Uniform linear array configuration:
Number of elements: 32
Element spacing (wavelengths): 0.25
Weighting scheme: uniform
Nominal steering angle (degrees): -60
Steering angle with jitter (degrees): -59.022
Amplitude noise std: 0.05
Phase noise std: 0.05

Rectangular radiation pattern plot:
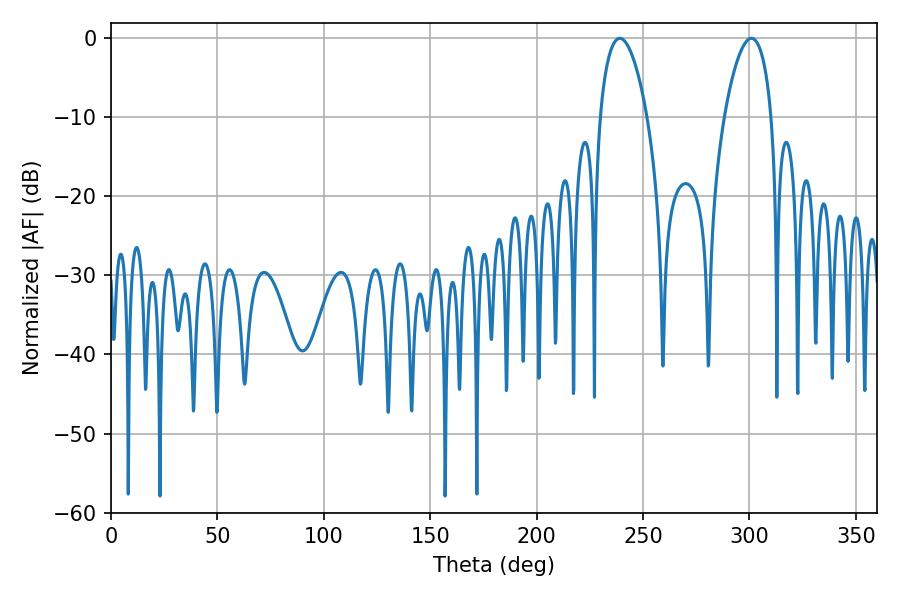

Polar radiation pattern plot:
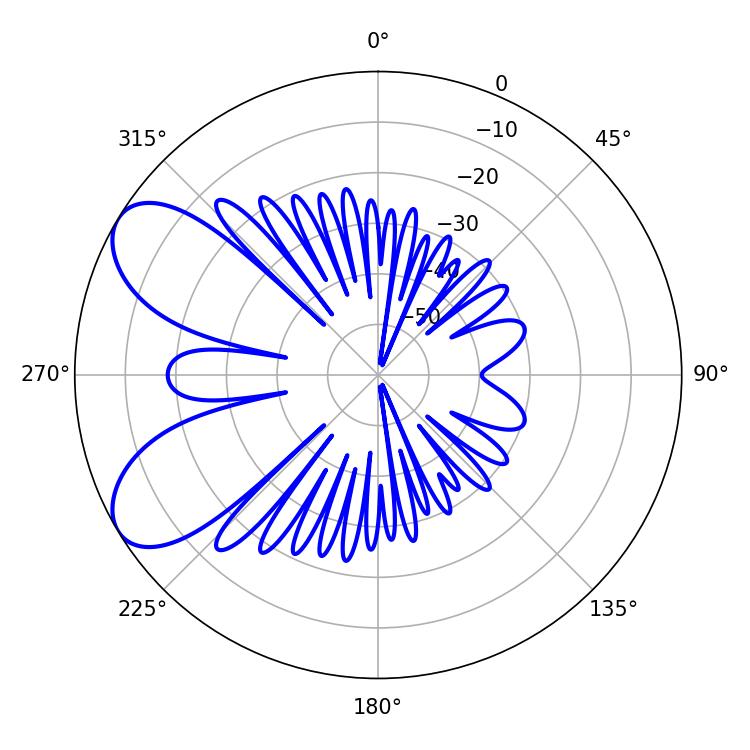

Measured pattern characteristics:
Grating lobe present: FALSE
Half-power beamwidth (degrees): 12.42
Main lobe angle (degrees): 239.04